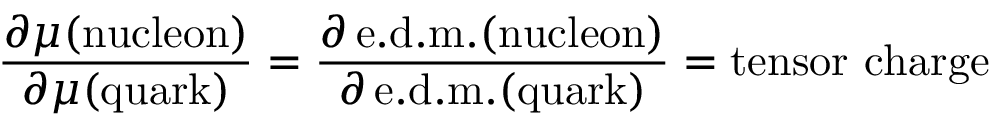
{ \frac { \partial \mu ( \mathrm { n u c l e o n } ) } { \partial \mu ( \mathrm { q u a r k } ) } } = { \frac { \partial \, \mathrm { e . d . m . ( n u c l e o n } ) } { \partial \, \mathrm { e . d . m . ( q u a r k } ) } } = \mathrm { t e n s o r ~ c h a r g e }